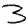
Digit: 3